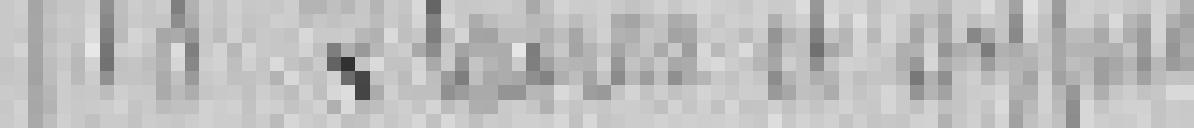
18. Plâtres et ***